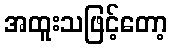
အထူးသဖြင့်တော့